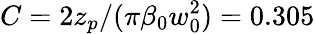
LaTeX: C=2z_{p}/(\pi\beta_{0}w_{0}^{2})=0.305